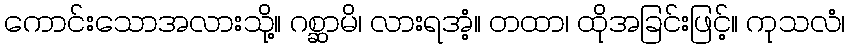
ကောင်းသောအလားသို့။ ဂစ္ဆာမိ၊ လားရအံ့။ တထာ၊ ထိုအခြင်းဖြင့်။ ကုသလံ၊